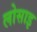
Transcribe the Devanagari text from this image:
लोसाइ